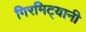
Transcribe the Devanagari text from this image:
गिरमिट्यानी